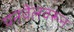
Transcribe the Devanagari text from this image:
पनवेलवरून